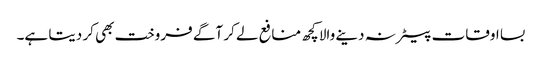
بسا اوقات بیعانہ دینے والا کچھ منافع لے کر آگے فروخت بھی کر دیتا ہے۔